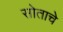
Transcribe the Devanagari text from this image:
सोताचे